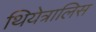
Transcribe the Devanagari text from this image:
थियेत्रालिस